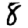
Digit: 8